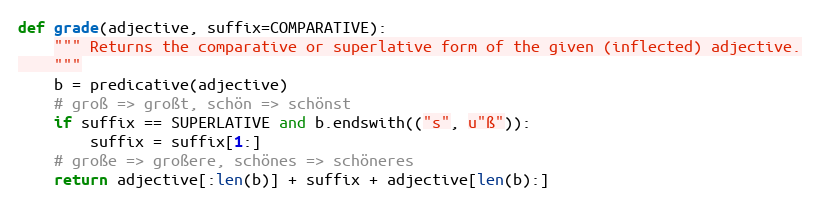
Language: Python
def grade(adjective, suffix=COMPARATIVE):
    """ Returns the comparative or superlative form of the given (inflected) adjective.
    """
    b = predicative(adjective)
    # groß => großt, schön => schönst
    if suffix == SUPERLATIVE and b.endswith(("s", u"ß")):
        suffix = suffix[1:]
    # große => großere, schönes => schöneres
    return adjective[:len(b)] + suffix + adjective[len(b):]